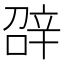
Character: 𨐓